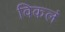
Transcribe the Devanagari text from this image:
विकलं